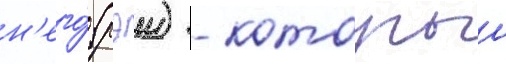
н'его́ (рэи) - которыи